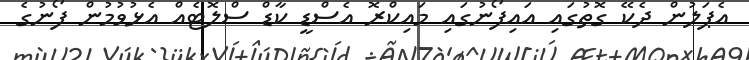
އެޕަލުން ދެކޭ ގޮތުގައި އައިފޯނުގައި މައިކްރޮ އެސްޑީ ކާޑް ސްލޮޓެއް އެޅުވުމުން ފޯނުގެ